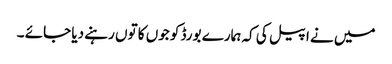
میں نے اپیل کی کہ ہمارے بورڈ کو جوں کا توں رہنے دیا جائے ۔